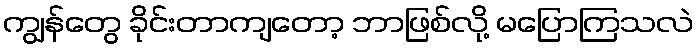
ကျွန်တွေ ခိုင်းတာကျတော့ ဘာဖြစ်လို့ မပြောကြသလဲ